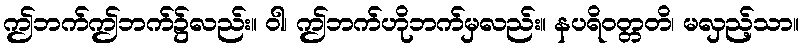
ဤဘက်ဤဘက်၌လည်း။ ဝါ၊ ဤဘက်ဟိုဘက်မှလည်း။ နပရိဝတ္တတိ၊ မလှည့်သာ။